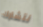
نتشارك